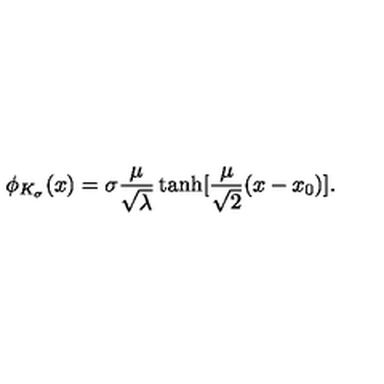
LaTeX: \phi _ { K _ { \sigma } } ( x ) = \sigma \frac { \mu } { \sqrt { \lambda } } \tanh [ \frac { \mu } { \sqrt { 2 } } ( x - x _ { 0 } ) ] .